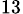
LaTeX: _{13}